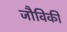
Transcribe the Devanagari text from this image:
जौविकी